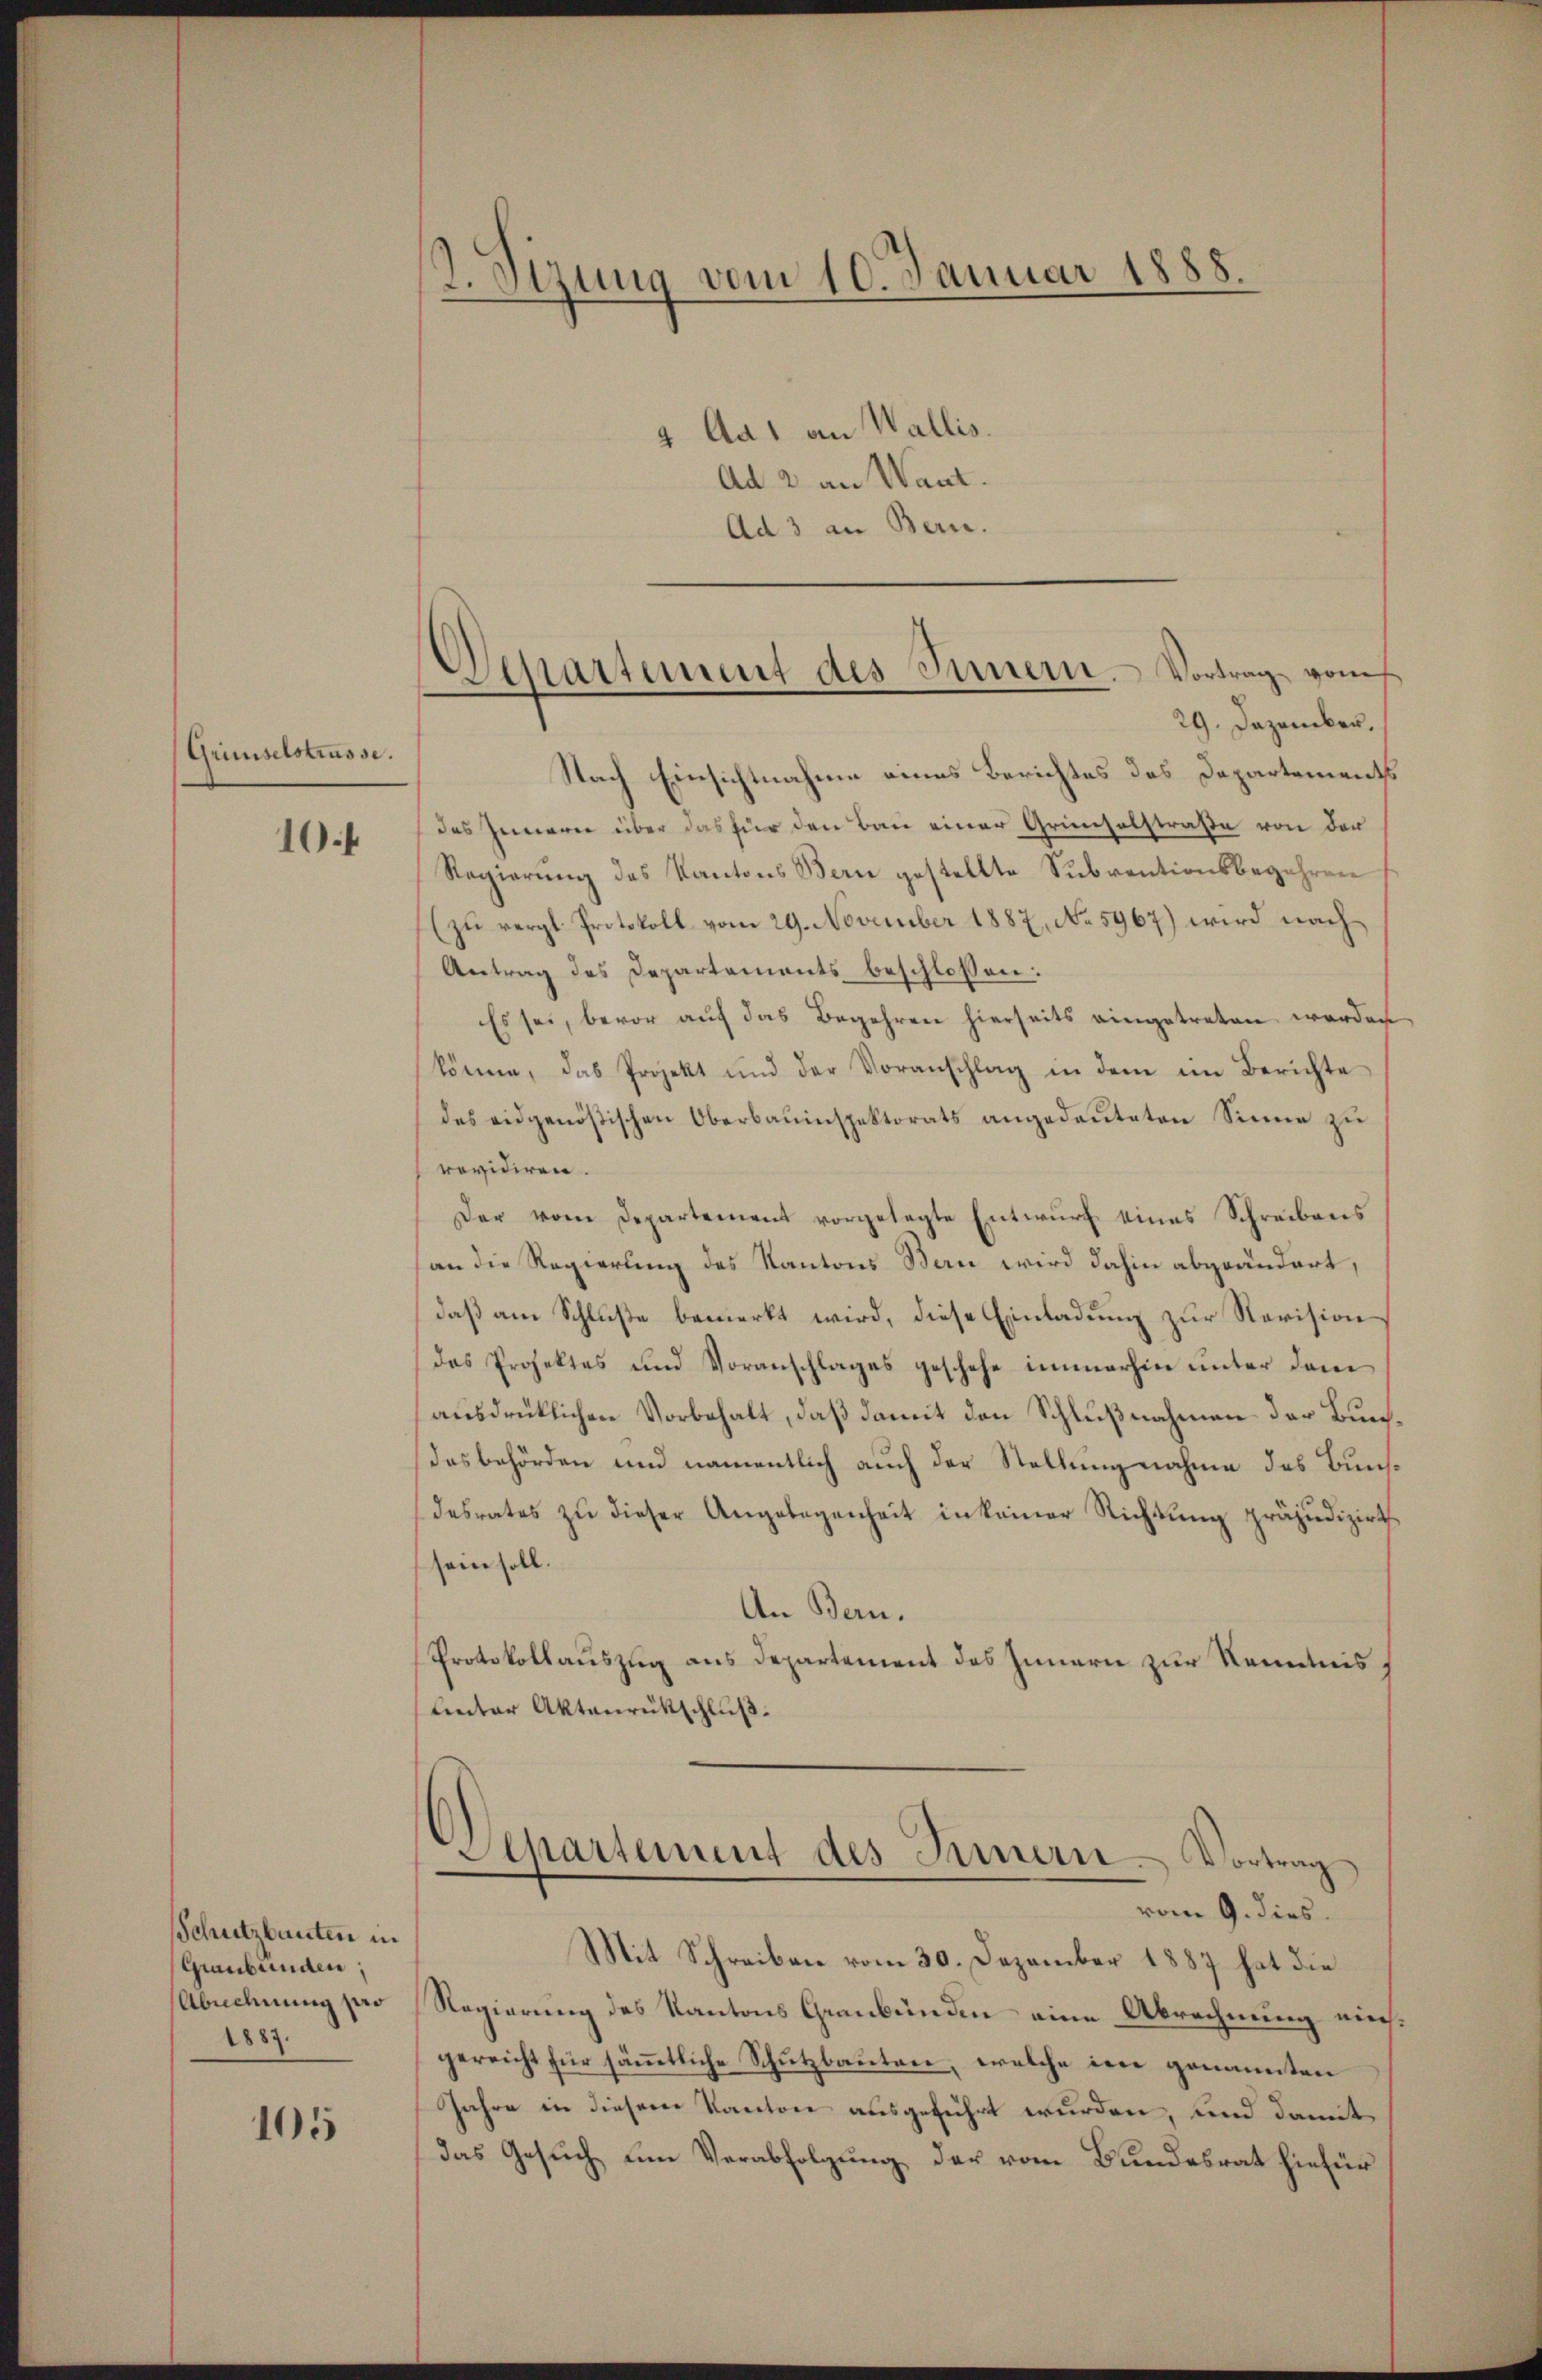
Gründelstrasse.

10f

Schutzbauten in
Graubünden,
Abnehnung pro
1883.

105

2. Sizung vom 10. Januar 1888.
4 Aa1 an Wallis.
Ad 2 an Want.

Ad 3 an Bern.

29. Dezember.
Nach Einsichtnahme eines Berichtes des Departements
des Inneren über das für den Bau einer Gründelstraße von der
Regierung des Kantons Bern gestellte Subventionsbegehren
(zu vergl. Protokoll vom 29. November 1887, No 5967) wird nach
Antrag des Departements beschlossen:
Es sei, bevor auf das Begehren hierseits eingetreten werden
könne, das Projekt und der Voranschlag in dem im Berichte
des eidgenößischen Oberbauinspektorats angedeuteten Sinne zu
revidiren.
Der vom Departement vorgelegte Entwŭrf eines Schreibens
(an die Regierung des Kantons Bern wird dahin abgeändert,
daß am Schluße bemerkt wird, diese Einladung zur Revision
das Projektes und Voranschlages geschehe immerhin unter dem
ausdrüklichen Vorbehalt, daß damit den Schlußnahmen der Bundesbehörden und namentlich auch der Stellungnahme das Bunsdesrates zŭ dieser Angelegenheit in keiner Richtŭng präjudizirt
sein soll.
An Bern.
Protokollauszug aus Departement des Innern zur Kenntnis
Unter Aktenrückschluß.
Departement des Innern. Vortrag
vom 9. dies
Mit Schreiben vom 30. Dezember 1887 hat die
Regierung des Kantons Graubünden eine Abrechnung eingereicht für sämmtliche Schutzbauten, welche im genannten
Jahre in diesem Kanton ausgeführt wurden, und damit
das Gesuch um Verabfolgung der vom Bundesrat hiefür

¬
Departement des Innern. Vortrag vom